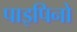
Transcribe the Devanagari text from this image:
पाइपिनो